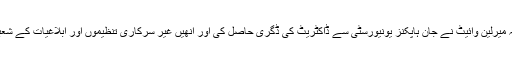
بیان میں بتایا گیا ہے کہ کیمرون منٹر کی اہلیہ میرلین وائیٹ نے جان ہاپکنز یونیورسٹی سے ڈاکٹریٹ کی ڈگری حاصل کی اور اُنھیں غیر سرکاری تنظیموں اور ابلاغیات کے شعبوں میں کام کرنے کا وسیع تجربہ حاصل ہے۔